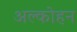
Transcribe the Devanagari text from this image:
अल्कोहन